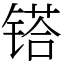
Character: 𨱏